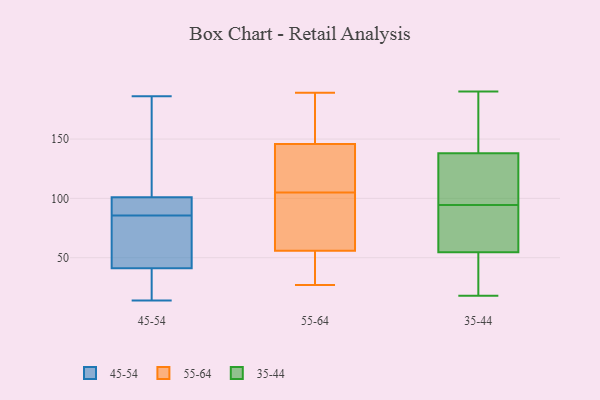
{"axis": {"x": "Customer Acquisition Cost (USD)", "y": "Value"}, "legend": ["35-44", "45-54", "55-64"], "data": [{"x": "", "y": 24, "type": "45-54"}, {"x": "", "y": 120, "type": "45-54"}, {"x": "", "y": 14, "type": "45-54"}, {"x": "", "y": 135, "type": "45-54"}, {"x": "", "y": 86, "type": "45-54"}, {"x": "", "y": 59, "type": "45-54"}, {"x": "", "y": 69, "type": "45-54"}, {"x": "", "y": 96, "type": "45-54"}, {"x": "", "y": 101, "type": "45-54"}, {"x": "", "y": 38, "type": "45-54"}, {"x": "", "y": 85, "type": "45-54"}, {"x": "", "y": 41, "type": "45-54"}, {"x": "", "y": 186, "type": "45-54"}, {"x": "", "y": 86, "type": "45-54"}, {"x": "", "y": 148, "type": "55-64"}, {"x": "", "y": 27, "type": "55-64"}, {"x": "", "y": 105, "type": "55-64"}, {"x": "", "y": 47, "type": "55-64"}, {"x": "", "y": 121, "type": "55-64"}, {"x": "", "y": 167, "type": "55-64"}, {"x": "", "y": 189, "type": "55-64"}, {"x": "", "y": 102, "type": "55-64"}, {"x": "", "y": 34, "type": "55-64"}, {"x": "", "y": 97, "type": "55-64"}, {"x": "", "y": 178, "type": "55-64"}, {"x": "", "y": 107, "type": "55-64"}, {"x": "", "y": 82, "type": "55-64"}, {"x": "", "y": 139, "type": "55-64"}, {"x": "", "y": 27, "type": "55-64"}, {"x": "", "y": 98, "type": "35-44"}, {"x": "", "y": 91, "type": "35-44"}, {"x": "", "y": 154, "type": "35-44"}, {"x": "", "y": 18, "type": "35-44"}, {"x": "", "y": 122, "type": "35-44"}, {"x": "", "y": 104, "type": "35-44"}, {"x": "", "y": 57, "type": "35-44"}, {"x": "", "y": 39, "type": "35-44"}, {"x": "", "y": 158, "type": "35-44"}, {"x": "", "y": 73, "type": "35-44"}, {"x": "", "y": 38, "type": "35-44"}, {"x": "", "y": 69, "type": "35-44"}, {"x": "", "y": 52, "type": "35-44"}, {"x": "", "y": 107, "type": "35-44"}, {"x": "", "y": 190, "type": "35-44"}, {"x": "", "y": 183, "type": "35-44"}]}